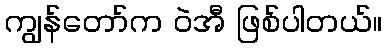
ကျွန်တော်က ဝဲအီ ဖြစ်ပါတယ်။